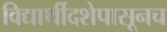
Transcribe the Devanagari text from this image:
विद्यार्थीदशेपासूनच